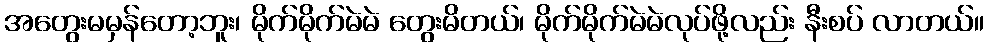
အတွေးမမှန်တော့ဘူး၊ မိုက်မိုက်မဲမဲ တွေးမိတယ်၊ မိုက်မိုက်မဲမဲလုပ်ဖို့လည်း နီးစပ် လာတယ်။